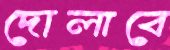
দোলাবে